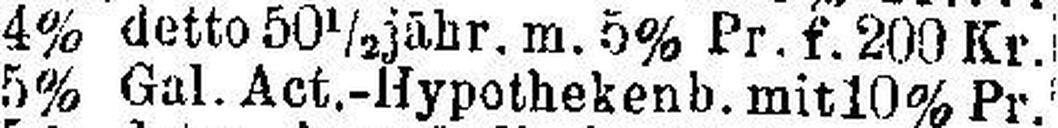
4% detto 50½ jähr. m. 5% Pr. f. 200 Kr.